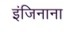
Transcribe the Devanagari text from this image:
इंजिनाना